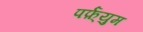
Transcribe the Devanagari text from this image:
पर्फ़्युम